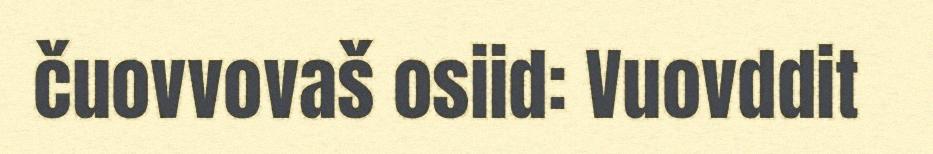
čuovvovaš osiid: Vuovddit